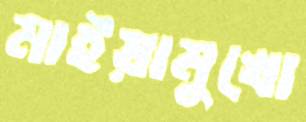
মাইয়ামুখো